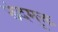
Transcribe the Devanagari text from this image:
छंदमुक्त